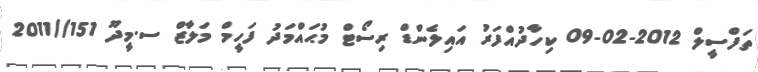
ތަފްސީލް 2012-02-09 ކިހާދުއްފަރު އައިލެންޑް ރިސޯޓް މުޙައްމަދު ފަހީމް މަލާޒް ސ.މީދޫ 151//2011